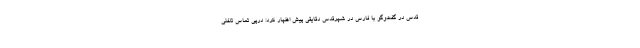
قدس در گفت‌وگو با فارس در شهرقدس دقایقی پیش اظهار کرد: درپی تماس تلفنی